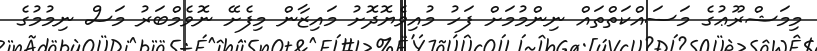
މިމަޝްރޫޢުގެ މަސައްކަތްތައް ނިންމުމަށް ފަހު މުއިވެޔޮދޮށު މައިޒާން މިފެށޭ ނޮވެމްބަރު މަސް ނިމުމުގެ